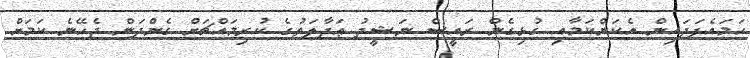
ހަމައެފަދައިން އެކަންކަމާއި ގުޅިގެން ރައީސް ނަޝީދު ޢަދާލަތުގެ ކުރިމައްޗަށް ގެންދަން ޖެހޭނެ ކަމަށް